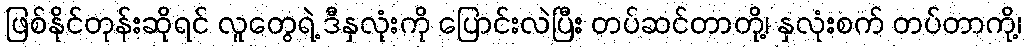
ဖြစ်နိုင်တုန်းဆိုရင် လူတွေရဲ့ ဒီနှလုံးကို ပြောင်းလဲပြီး တပ်ဆင်တာတို့၊ နှလုံးစက် တပ်တာကို့၊